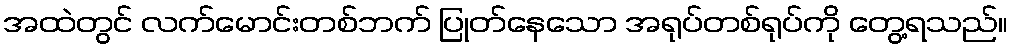
အထဲတွင် လက်မောင်းတစ်ဘက် ပြုတ်နေသော အရုပ်တစ်ရုပ်ကို တွေ့ရသည်။